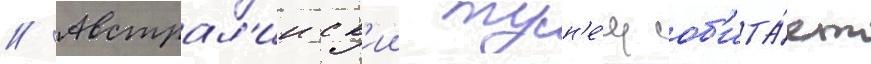
// Австрал'ииск'ии тун'е́ц об'ита́ет